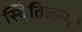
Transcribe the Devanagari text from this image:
स्थितिजन्य।